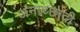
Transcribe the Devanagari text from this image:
अनाच्छादी